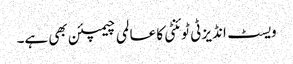
ویسٹ انڈیز ٹی ٹوئنٹی کا عالمی چیمپئن بھی ہے۔